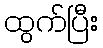
ထွက်ပြီး